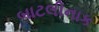
બાટલીનાક